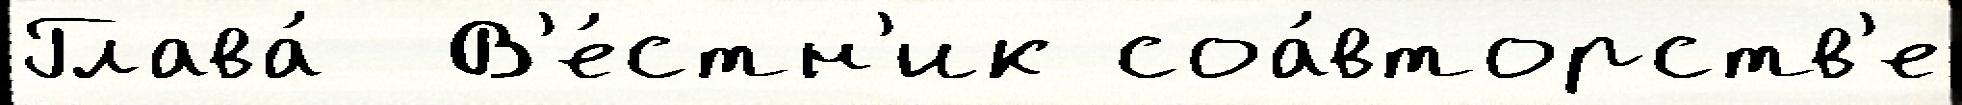
Глава́  В'е́стн'ик соа́вторств'е